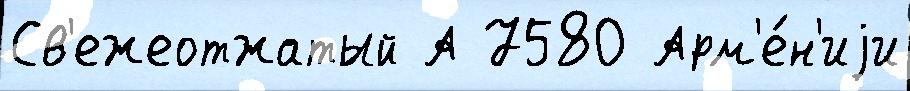
Св'ежеотжатый А 7580 Арм'е́н'иjи